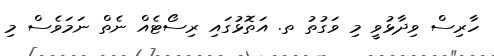
ހާރިސް ވިދާޅުވީ މި ވަގުތު ތ. އަތޮޅުގައި ރިސޯޓެއް ނެތް ނަމަވެސް މި